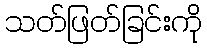
သတ်ဖြတ်ခြင်းကို